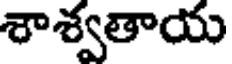
శాశ్వతాయ